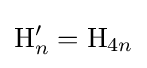
\mathrm {H} _{n}'=\mathrm {H} _{4n}